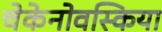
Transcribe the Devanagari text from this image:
चेकेनोवस्किया